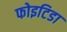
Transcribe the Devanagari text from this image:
फोइटिडा